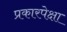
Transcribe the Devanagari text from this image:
प्रकारपेक्षा